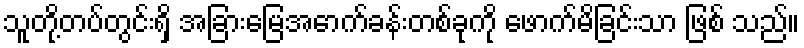
သူတို့တပ်တွင်းရှိ အခြားမြေအောက်ခန်းတစ်ခုကို ဖောက်မိခြင်းသာ ဖြစ် သည်။